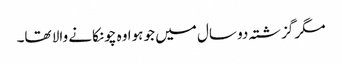
مگر گزشتہ دو سال میں جو ہوا وہ چونکانے والا تھا۔